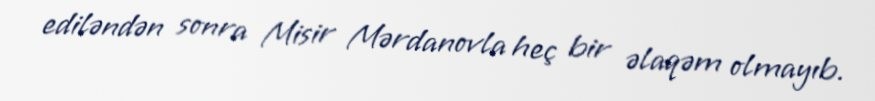
ediləndən sonra Misir Mərdanovla heç bir əlaqəm olmayıb.